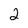
Character: 2